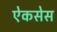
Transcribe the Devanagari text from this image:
ऐकसेस